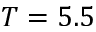
T = 5 . 5